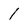
Character: 1